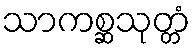
သာကစ္ဆသုတ္တံ